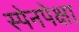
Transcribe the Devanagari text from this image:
स्पेनपेक्षा